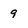
Character: 9